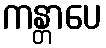
ကန္တာပေ